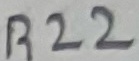
Text: R22